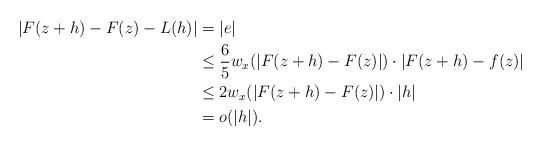
LaTeX: \begin{align*} \vert F(z+h)-F(z) -L(h)\vert &=\vert e \vert \\ &\leq \frac 6 5 w_x(\vert F(z+h)-F(z) \vert ) \cdot \vert F(z+h)-f(z) \vert\\ & \leq 2 w_x(\vert F(z+h)-F(z) \vert ) \cdot \vert h \vert\\ &= o(\vert h \vert). \end{align*}